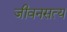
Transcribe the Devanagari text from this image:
जीवनसत्य